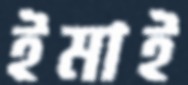
ইমাই